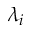
\lambda _ { i }